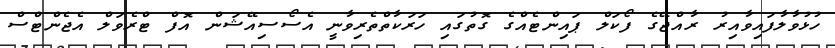
ހުޅުވާލާފައިވާއިރު ރާއްޖޭގެ ފޯކަލް ޕައިންޓެއްގެ ގޮތުގައި ހަރަކާތްތެރިވާނީ އެސޯސިއޭޝަން އޮފް ޓްރެވަލް އެޖެންޓްސް